Lunatic asylums Bombay report 1878-1890 - 1878-1890
Year: 1878
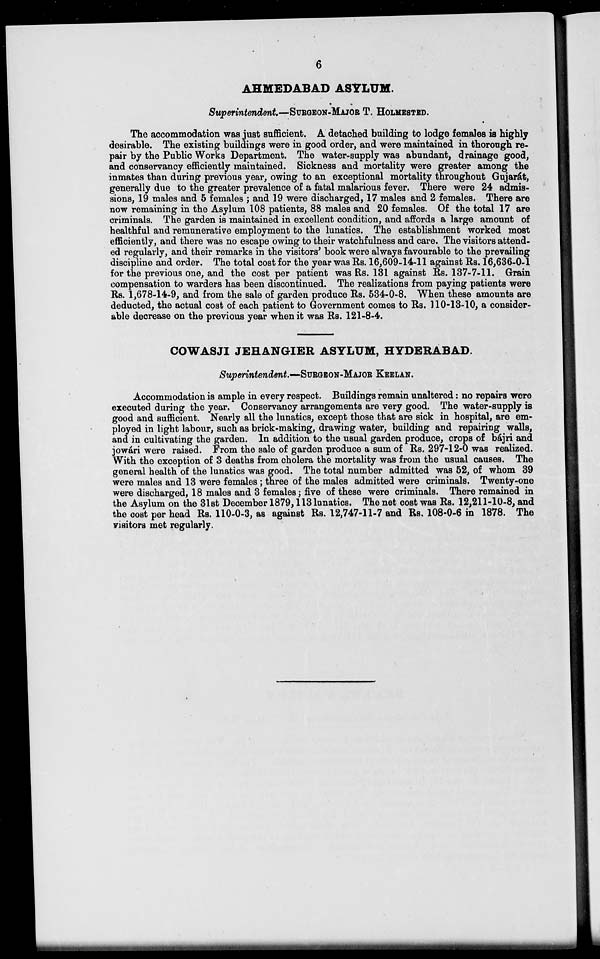
6
AHMEDABAD ASYLUM.
Superintendent.—SURGEON-MAJOR T. HOLMESTED.
The accommodation was just sufficient. A detached building to lodge females is highly
desirable. The existing buildings were in good order, and were maintained in thorough re-
pair by the Public Works Department. The water-supply was abundant, drainage good,
and conservancy efficiently maintained. Sickness and mortality were greater among the
inmates than during previous year, owing to an exceptional mortality throughout Gujarát,
generally due to the greater prevalence of a fatal malarious fever. There were 24 admis-
sions, 19 males and 5 females ; and 19 were discharged, 17 males and 2 females. There are
now remaining in the Asylum 108 patients, 88 males and 20 females. Of the total 17 are
criminals. The garden is maintained in excellent condition, and affords a large amount of
healthful and remunerative employment to the lunatics. The establishment worked most
efficiently, and there was no escape owing to their watchfulness and care. The visitors attend-
ed regularly, and their remarks in the visitors' book were always favourable to the prevailing
discipline and order. The total cost for the year was Rs. 16,609-14-11 against Rs. 16,636-0-1
for the previous one, and the cost per patient was Rs. 131 against Rs. 137-7-11. Grain
compensation to warders has been discontinued. The realizations from paying patients were
Rs. 1,678-14-9, and from the sale of garden produce Rs. 534-0-8. When these amounts are
deducted, the actual cost of each patient to Government comes to Rs. 110-13-10, a consider-
able decrease on the previous year when it was Rs. 121-8-4.
COWASJI JEHANGIER ASYLUM, HYDERABAD.
Superintendent.-— SURGEON-MAJOR KEELAN.
Accommodation is ample in every respect. Buildings remain unaltered: no repairs were
executed during the year. Conservancy arrangements are very good. The water-supply is
good and sufficient. Nearly all the lunatics, except those that are sick in hospital, are em-
ployed in light labour, such as brick-making, drawing water, building and repairing walls,
and in cultivating the garden. In addition to the usual garden produce, crops of bájri and
jowári were raised. From the sale of garden produce a sum of Rs. 297-12-0 was realized.
With the exception of 3 deaths from cholera the mortality was from the usual causes. The
general health of the lunatics was good. The total number admitted was 52, of whom 39
were males and 13 were females ; three of the males admitted were criminals. Twenty-one
were discharged, 18 males and 3 females; five of these were criminals. There remained in
the Asylum on the 31st December 1879,113 lunatics. The net cost was Rs. 12,211-10-8, and
the cost per head Rs. 110-0-3, as against Rs. 12,747-11-7 and Rs. 108-0-6 in 1878. The
visitors met regularly.